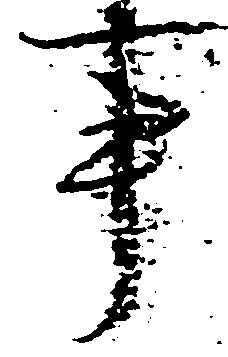
事